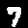
Digit: 7